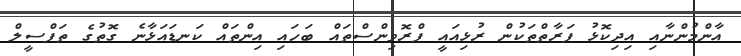
އާންމުންނާއި އިދިކޮޅު ފަރާތްތަކުން ރުޅިއައީ ޕްރޮވިންސްތައް ބަހައި އިންތައް ކަނޑައަޅާނެ ގޮތުގެ ތަފްސީލް